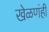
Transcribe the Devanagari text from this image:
खेळणंही